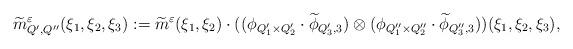
LaTeX: \begin{align*} \widetilde{m}^{\varepsilon}_{Q',Q''}(\xi_{1},\xi_{2},\xi_{3}):=\widetilde{m}^{\varepsilon}(\xi_{1},\xi_{2})\cdot ((\phi_{Q'_{1}\times Q'_{2}}\cdot\widetilde{\phi}_{Q'_{3},3})\otimes(\phi_{Q''_{1}\times Q''_{2}}\cdot\widetilde{\phi}_{Q''_{3},3}))(\xi_{1},\xi_{2},\xi_{3}),\end{align*}